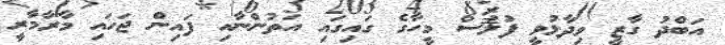
އަބްދު ގާޒީ ވިދާޅުވީ ފުލުސް މީހާގެ ގައިގައި އަތުންނާއި ފައިން ޖަހައި މާރާމާރީ